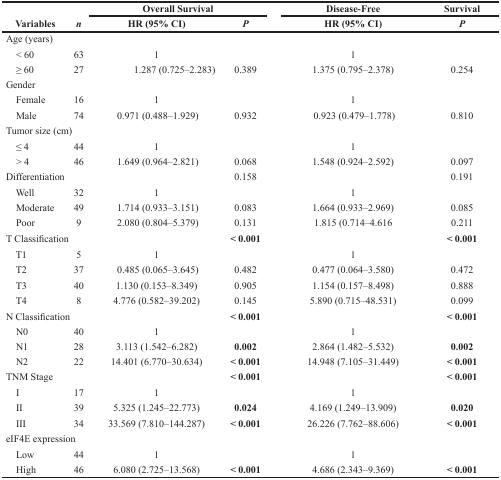
<table><thead><tr><td rowspan="2"><b>Variables</b></td><td rowspan="2"><b><i>n</i></b></td><td colspan="2"><b>Overall Survival</b></td><td><b>Disease-Free</b></td><td><b>Survival</b></td></tr><tr><td><b>HR (95% CI)</b></td><td><b><i>P</i></b></td><td><b>HR (95% CI)</b></td><td><b><i>P</i></b></td></tr></thead><tbody><tr><td>Age (years)</td><td></td><td></td><td></td><td></td><td></td></tr><tr><td> &lt; 60</td><td>63</td><td>1</td><td></td><td>1</td><td></td></tr><tr><td> ≥ 60</td><td>27</td><td>1.287 (0.725–2.283)</td><td>0.389</td><td>1.375 (0.795–2.378)</td><td>0.254</td></tr><tr><td>Gender</td><td></td><td></td><td></td><td></td><td></td></tr><tr><td> Female</td><td>16</td><td>1</td><td></td><td>1</td><td></td></tr><tr><td> Male</td><td>74</td><td>0.971 (0.488–1.929)</td><td>0.932</td><td>0.923 (0.479–1.778)</td><td>0.810</td></tr><tr><td>Tumor size (cm)</td><td></td><td></td><td></td><td></td><td></td></tr><tr><td> ≤ 4</td><td>44</td><td>1</td><td></td><td>1</td><td></td></tr><tr><td> &gt; 4</td><td>46</td><td>1.649 (0.964–2.821)</td><td>0.068</td><td>1.548 (0.924–2.592)</td><td>0.097</td></tr><tr><td>Differentiation</td><td></td><td></td><td>0.158</td><td></td><td>0.191</td></tr><tr><td> Well</td><td>32</td><td>1</td><td></td><td>1</td><td></td></tr><tr><td> Moderate</td><td>49</td><td>1.714 (0.933–3.151)</td><td>0.083</td><td>1.664 (0.933–2.969)</td><td>0.085</td></tr><tr><td> Poor</td><td>9</td><td>2.080 (0.804–5.379)</td><td>0.131</td><td>1.815 (0.714–4.616</td><td>0.211</td></tr><tr><td>T Classification</td><td></td><td></td><td><b>&lt; 0.001</b></td><td></td><td><b>&lt; 0.001</b></td></tr><tr><td> T1</td><td>5</td><td>1</td><td></td><td>1</td><td></td></tr><tr><td> T2</td><td>37</td><td>0.485 (0.065–3.645)</td><td>0.482</td><td>0.477 (0.064–3.580)</td><td>0.472</td></tr><tr><td> T3</td><td>40</td><td>1.130 (0.153–8.349)</td><td>0.905</td><td>1.154 (0.157–8.498)</td><td>0.888</td></tr><tr><td> T4</td><td>8</td><td>4.776 (0.582–39.202)</td><td>0.145</td><td>5.890 (0.715–48.531)</td><td>0.099</td></tr><tr><td>N Classification</td><td></td><td></td><td><b>&lt; 0.001</b></td><td></td><td><b>&lt; 0.001</b></td></tr><tr><td> N0</td><td>40</td><td>1</td><td></td><td>1</td><td></td></tr><tr><td> N1</td><td>28</td><td>3.113 (1.542–6.282)</td><td><b>0.002</b></td><td>2.864 (1.482–5.532)</td><td><b>0.002</b></td></tr><tr><td> N2</td><td>22</td><td>14.401 (6.770–30.634)</td><td><b>&lt; 0.001</b></td><td>14.948 (7.105–31.449)</td><td><b>&lt; 0.001</b></td></tr><tr><td>TNM Stage</td><td></td><td></td><td><b>&lt; 0.001</b></td><td></td><td><b>&lt; 0.001</b></td></tr><tr><td> I</td><td>17</td><td>1</td><td></td><td>1</td><td></td></tr><tr><td> II</td><td>39</td><td>5.325 (1.245–22.773)</td><td><b>0.024</b></td><td>4.169 (1.249–13.909)</td><td><b>0.020</b></td></tr><tr><td> III</td><td>34</td><td>33.569 (7.810–144.287)</td><td><b>&lt; 0.001</b></td><td>26.226 (7.762–88.606)</td><td><b>&lt; 0.001</b></td></tr><tr><td>eIF4E expression</td><td></td><td></td><td></td><td></td><td></td></tr><tr><td> Low</td><td>44</td><td>1</td><td></td><td>1</td><td></td></tr><tr><td> High</td><td>46</td><td>6.080 (2.725–13.568)</td><td><b>&lt; 0.001</b></td><td>4.686 (2.343–9.369)</td><td><b>&lt; 0.001</b></td></tr></tbody></table>